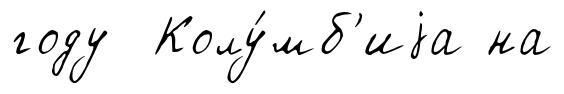
году Колу́мб'иjа на